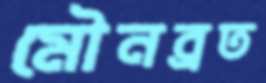
মৌনব্রত